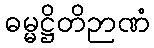
ဓမ္မဋ္ဌိတိဉာဏံ